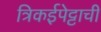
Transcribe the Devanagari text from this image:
त्रिकईपेट्टाची